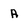
Character: A